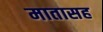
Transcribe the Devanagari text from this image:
मातासह